Report on vaccination proceedings throughout the Government of Bengal -
Year: 1868
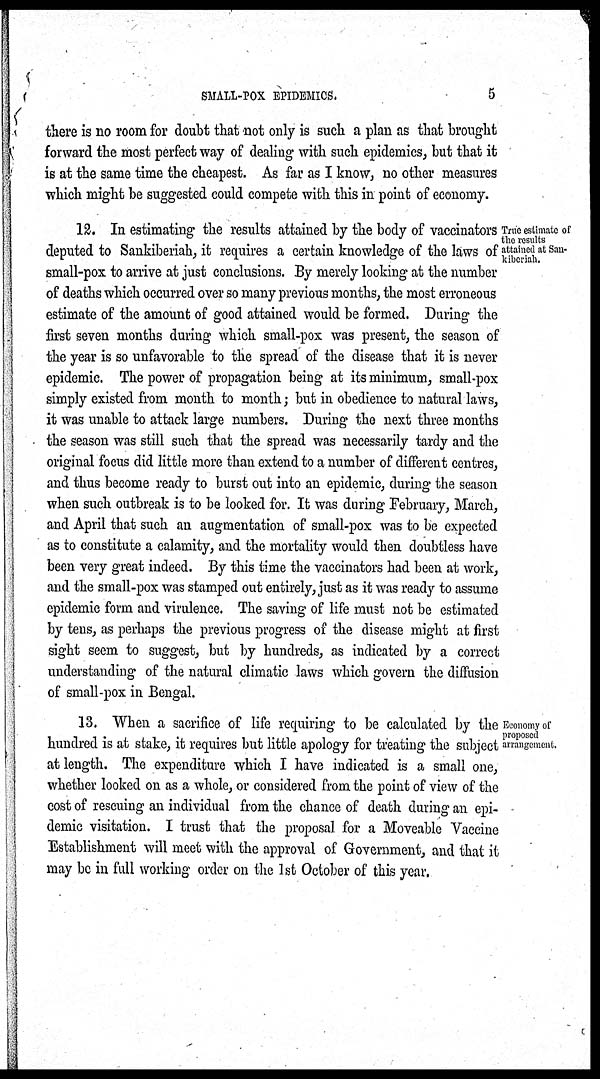
SMALL-POX EPIDEMICS.
5
there is no room for doubt that not only is such a plan as that brought
forward the most perfect way of dealing with such epidemics, but that it
is at the same time the cheapest. As far as I know, no other measures
which might be suggested could compete with this in point of economy.
True estimate of
the results
attained at San-
kiberiah.
12. In estimating the results attained by the body of vaccinators
deputed to Sankiberiah, it requires a certain knowledge of the laws of
small-pox to arrive at just conclusions. By merely looking at the number
of deaths which occurred over so many previous months, the most erroneous
estimate of the amount of good attained would be formed. During the
first seven months during which small-pox was present, the season of
the year is so unfavorable to the spread of the disease that it is never
epidemic. The power of propagation being at its minimum, small-pox
simply existed from month to month; but in obedience to natural laws,
it was unable to attack large numbers. During the next three months
the season was still such that the spread was necessarily tardy and the
original focus did little more than extend to a number of different centres,
and thus become ready to burst out into an epidemic, during the season
when such outbreak is to be looked for. It was during February, March,
and April that such an augmentation of small-pox was to be expected
as to constitute a calamity, and the mortality would then doubtless have
been very great indeed. By this time the vaccinators had been at work,
and the small-pox was stamped out entirely, just as it was ready to assume
epidemic form and virulence. The saving of life must not be estimated
by tens, as perhaps the previous progress of the disease might at first
sight seem to suggest, but by hundreds, as indicated by a correct
understanding of the natural climatic laws which govern the diffusion
of small-pox in Bengal.
Economy of
proposed
arrangement.
13. When a sacrifice of life requiring to be calculated by the
hundred is at stake, it requires but little apology for treating the subject
at length. The expenditure which I have indicated is a small one,
whether looked on as a whole, or considered from the point of view of the
cost of rescuing an individual from the chance of death during an epi-
demic visitation. I trust that the proposal for a Moveable Vaccine
Establishment will meet with the approval of Government, and that it
may be in full working order on the 1st October of this year.